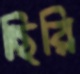
ছিরি